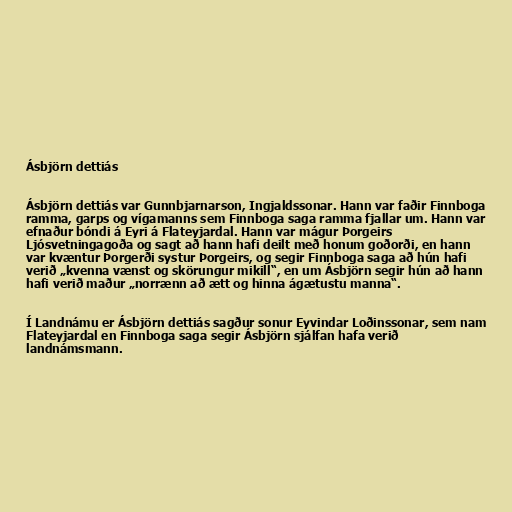
Ásbjörn dettiás

Ásbjörn dettiás var Gunnbjarnarson, Ingjaldssonar. Hann var faðir Finnboga
ramma, garps og vígamanns sem Finnboga saga ramma fjallar um. Hann var
efnaður bóndi á Eyri á Flateyjardal. Hann var mágur Þorgeirs
Ljósvetningagoða og sagt að hann hafi deilt með honum goðorði, en hann
var kvæntur Þorgerði systur Þorgeirs, og segir Finnboga saga að hún hafi
verið „kvenna vænst og skörungur mikill“, en um Ásbjörn segir hún að hann
hafi verið maður „norrænn að ætt og hinna ágætustu manna“.

Í Landnámu er Ásbjörn dettiás sagður sonur Eyvindar Loðinssonar, sem nam
Flateyjardal en Finnboga saga segir Ásbjörn sjálfan hafa verið
landnámsmann.